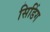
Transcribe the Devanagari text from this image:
सिडिंग